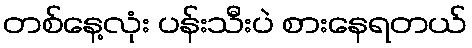
တစ်နေ့လုံး ပန်းသီးပဲ စားနေရတယ်